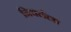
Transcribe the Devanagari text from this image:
निवर्तला